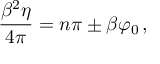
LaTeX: \frac { \beta ^ { 2 } \eta } { 4 \pi } = n \pi \pm \beta \varphi _ { 0 } \, ,